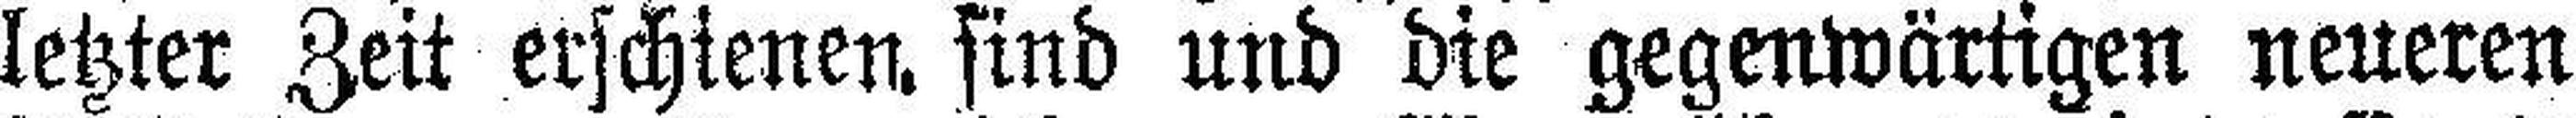
letzter Zeit erschienen sind und die gegenwärtigen neueren